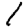
Digit: 1